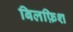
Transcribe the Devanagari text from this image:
बिलफ़िश